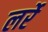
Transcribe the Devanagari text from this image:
लर्रे